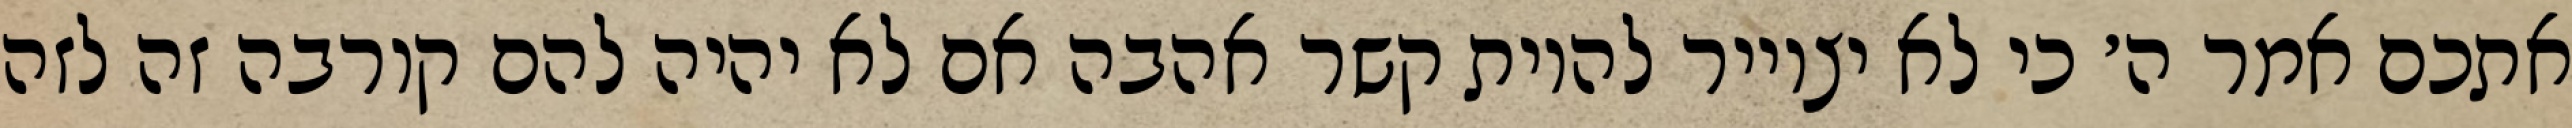
אתכם אמר ה׳ כי לא יצוייר להיות קשר אהבה אם לא יהיה להם קורבה זה לזה